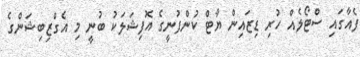
ފެއާގައި ސްޓޯލެއް ހުރި ޑިޒައިން ޔާޓް ކުންފުނީގެ އޮފިޝަލަކު ބުނީ މި އެގްޒިބިޝަންގެ